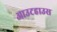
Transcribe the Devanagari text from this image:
आउटहाउस